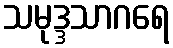
သမုဒ္ဒသာဂရေ